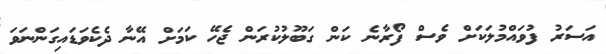
އަސަރު ފުވައްމުލަކަށް ވެސް ފޯރާނެ ކަން ގަބޫލުކުރަން ޖެހޭ ކަމަށް އޭނާ ދެކެވަޑައިގަންނަވަ